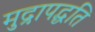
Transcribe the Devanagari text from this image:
मुद्रापद्धति